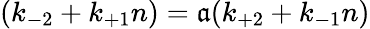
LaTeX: (k_{-2}+k_{+1}n)=\mathfrak{a}(k_{+2}+k_{-1}n)